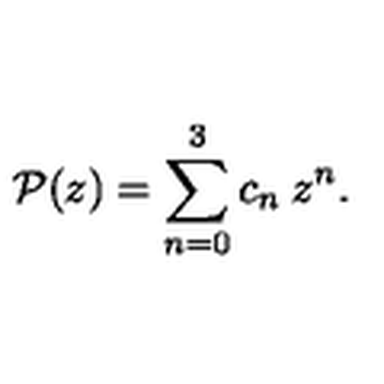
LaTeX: { \cal { P } } ( z ) = \sum _ { n = 0 } ^ { 3 } c _ { n } \: z ^ { n } .